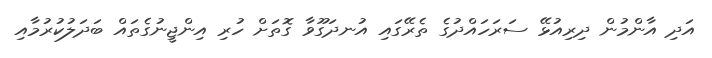
އަދި އާންމުން ދިރިއުޅޭ ސަރަހައްދުގެ ތެރޭގައި އުނދަގޫވާ ގޮތަށް ހުރި އިންޖީނުގެތައް ބަދަލުކުރުމާއި